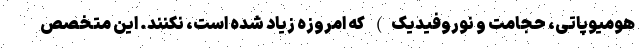
هومیوپاتی، حجامت و نوروفیدیک) که امروزه زیاد شده است، نکنند. این متخصص